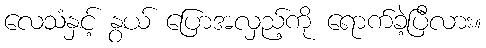
လေသံနှင့် နွယ် ပြောအလှည့်ကို ရောက်ခဲ့ပြီလား။